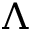
\Lambda